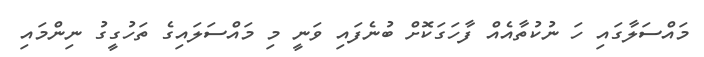
މައްސަލާގައި ހަ ނުކުތާއެއް ފާހަގަކޮށް ބުނެފައި ވަނީ މި މައްސަލައިގެ ތަހުގީގު ނިންމައި